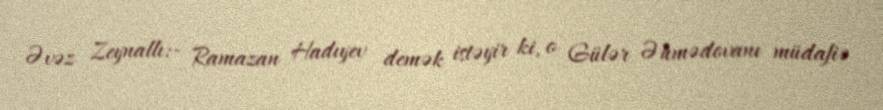
Əvəz Zeynallı:- Ramazan Hadıyev demək istəyir ki, o Gülər Əhmədovanı müdafiə